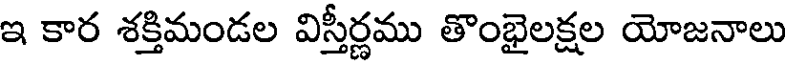
ఇ కార శక్తిమండల విస్తీర్ణము తొంభైలక్షల యోజనాలు